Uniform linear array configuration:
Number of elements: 24
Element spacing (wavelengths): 0.75
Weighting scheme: cosine
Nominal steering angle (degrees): -45
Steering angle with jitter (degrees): -46.356
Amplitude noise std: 0.05
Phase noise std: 0.05

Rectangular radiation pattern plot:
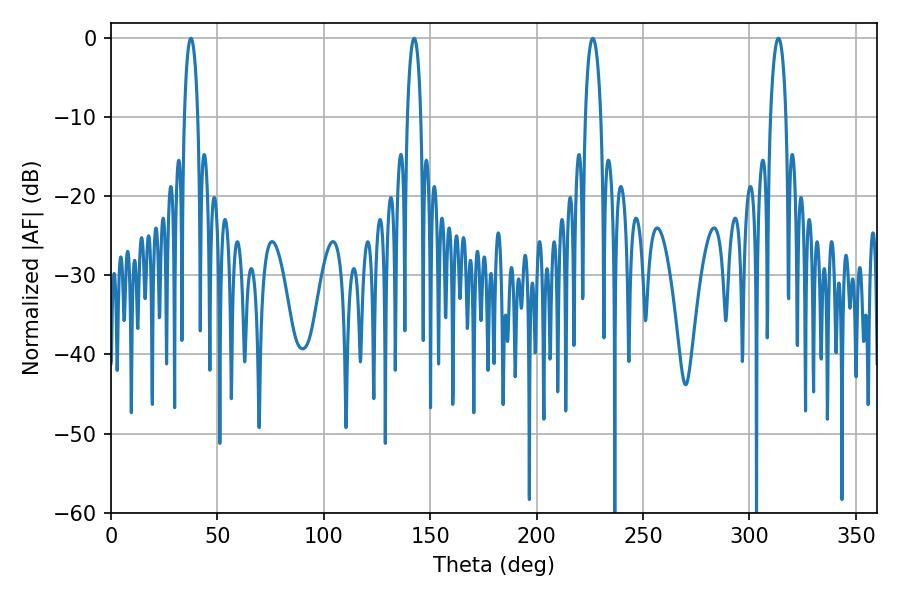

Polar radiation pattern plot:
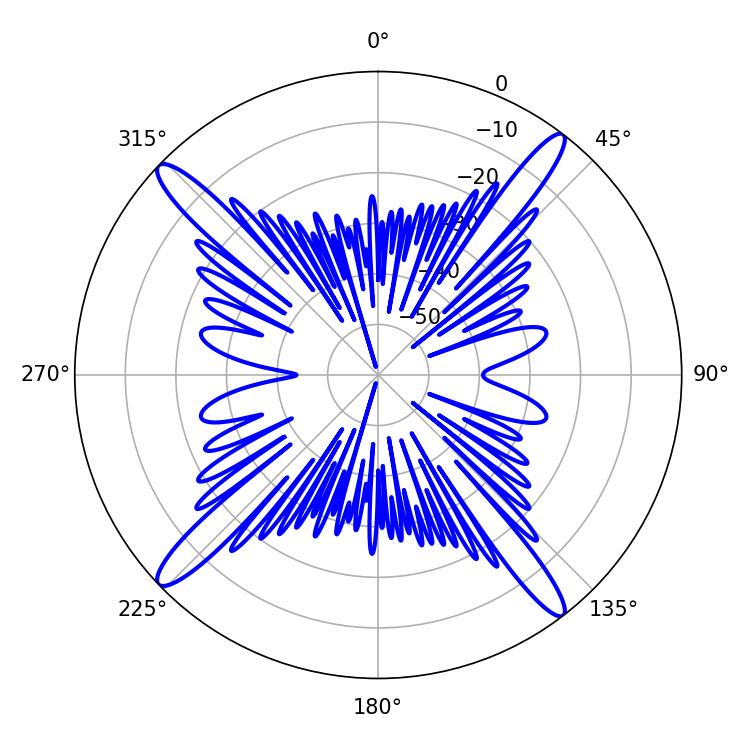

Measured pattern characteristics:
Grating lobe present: TRUE
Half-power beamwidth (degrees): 3.96
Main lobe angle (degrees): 313.56